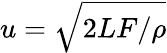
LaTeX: u=\sqrt{2LF/\rho}